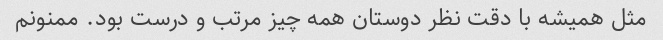
مثل همیشه با دقت نظر دوستان همه چیز مرتب و درست بود. ممنونم